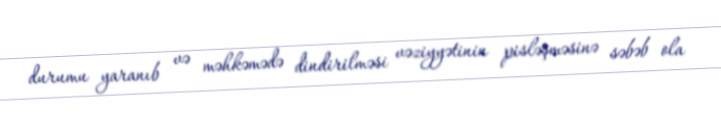
durumu yaranıb və məhkəmədə dindirilməsi vəziyyətinin pisləşməsinə səbəb ola